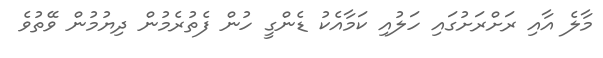
މާލެ އާއި ރަށްރަށުގައި ހަލުއި ކަމާއެކު ޑެންގީ ހުން ފެތުރެމުން ދިޔުމުން ވޭތުވެ